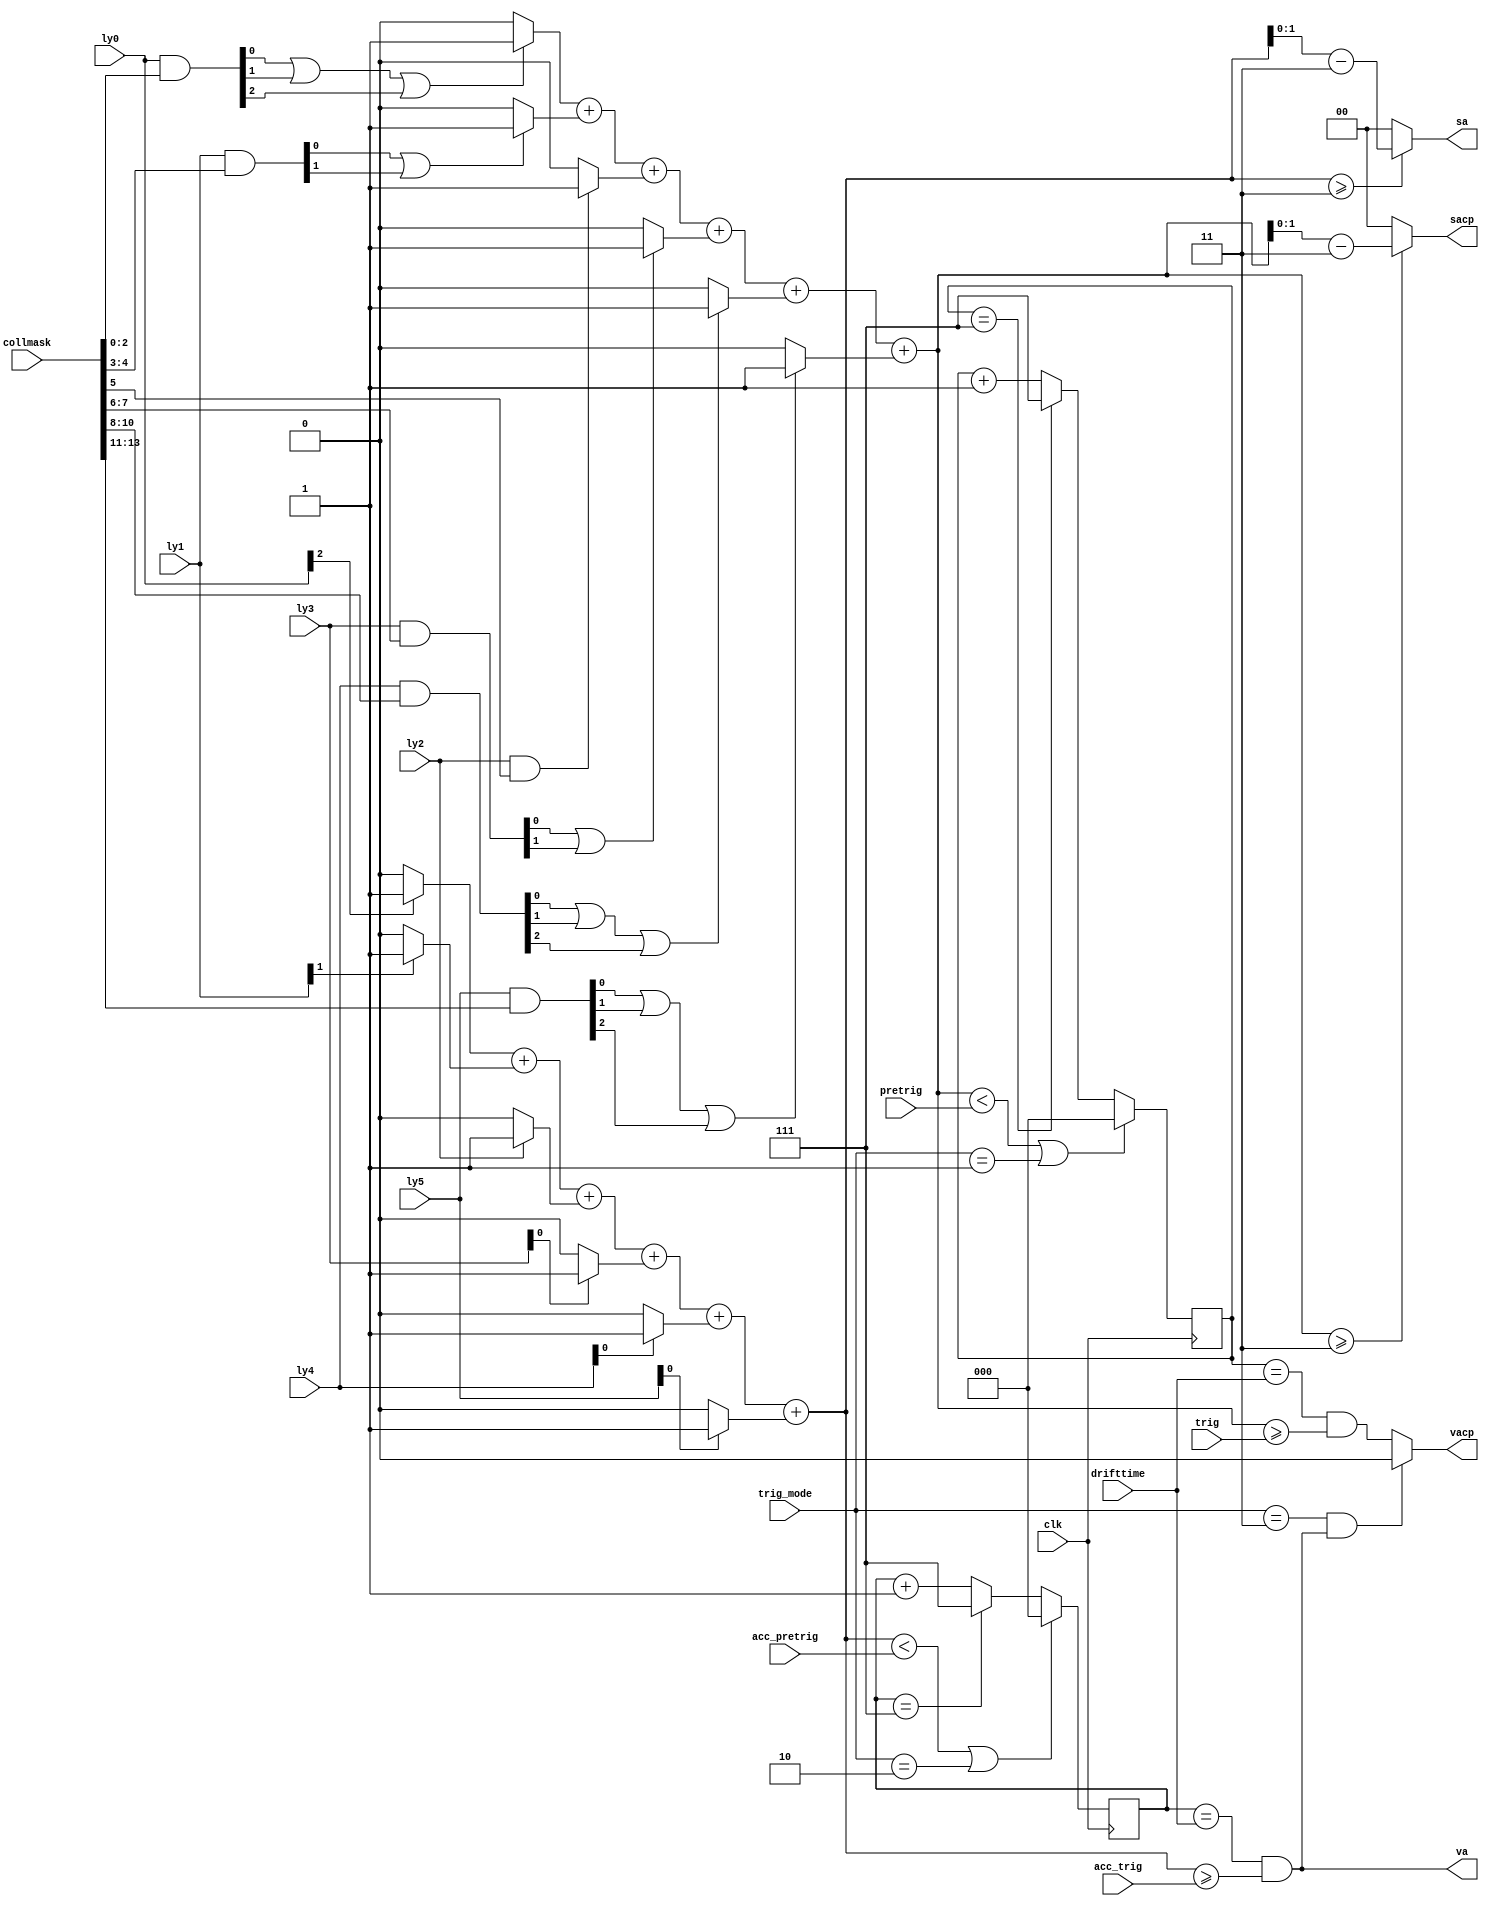
// This  Verilog HDL  source  file was  automatically generated
// by C++ model based on VPP library. Modification of this file
// is possible, but if you want to keep it in sync with the C++
// model,  please  modify  the model and re-generate this file.
// VPP library web-page: http://www.phys.ufl.edu/~madorsky/vpp/

// Timestamp : Thu Jun 13 12:53:25 2013

module Patterner_rl
(
    ly0,
    ly1,
    ly2,
    ly3,
    ly4,
    ly5,
    collmask,
    sacp,
    vacp,
    sa,
    va,
    drifttime,
    pretrig,
    trig,
    acc_pretrig,
    acc_trig,
    trig_mode,
    clk
);

    input [2:0] ly0;
    input [1:0] ly1;
    input ly2;
    input [1:0] ly3;
    input [2:0] ly4;
    input [2:0] ly5;
    input [27:0] collmask;
    output [1:0] sacp;
    reg    [1:0] sacp;
    output vacp;
    reg    vacp;
    output [1:0] sa;
    reg    [1:0] sa;
    output va;
    reg    va;
    input [2:0] drifttime;
    input [2:0] pretrig;
    input [2:0] trig;
    input [2:0] acc_pretrig;
    input [2:0] acc_trig;
    input [1:0] trig_mode;
    input clk;

    reg [2:0] lya0cm;
    reg [1:0] lya1cm;
    reg lya2cm;
    reg [1:0] lya3cm;
    reg [2:0] lya4cm;
    reg [2:0] lya5cm;
    reg [2:0] lyb0cm;
    reg [1:0] lyb1cm;
    reg lyb2cm;
    reg [1:0] lyb3cm;
    reg [2:0] lyb4cm;
    reg [2:0] lyb5cm;
    reg ly0am;
    reg ly4am;
    reg ly5am;
    reg ly1am;
    reg ly3am;
    reg ly2am;
    reg [2:0] sumac;
    reg [2:0] suma;
    reg [2:0] bxac;
    reg [2:0] bxa;
    always @(ly0 or ly1 or ly2 or ly3 or ly4 or ly5 or collmask or drifttime or pretrig or trig or trig_mode or bxac or bxa or acc_pretrig or acc_trig) 
    begin
        ly0am = ly0[2];
        ly1am = ly1[1];
        ly2am = ly2;
        ly3am = ly3[0];
        ly4am = ly4[0];
        ly5am = ly5[0];
         //count the bits in the accelerator muon pattern
        suma = ((((((ly0am) ? 3'b1 : 3'b0) + ((ly1am) ? 3'b1 : 3'b0)) + ((ly2am) ? 3'b1 : 3'b0)) + ((ly3am) ? 3'b1 : 3'b0)) + ((ly4am) ? 3'b1 : 3'b0)) + ((ly5am) ? 3'b1 : 3'b0);
        sa = (suma >= 3) ? suma - 3 : 0;
        va = (bxa == drifttime) && (suma >= acc_trig);
         //mask out all bits which are not used in the collision pattern a
        lya0cm = ly0 & collmask[2:0];
        lya1cm = ly1 & collmask[4:3];
        lya2cm = ly2 & collmask[5];
        lya3cm = ly3 & collmask[7:6];
        lya4cm = ly4 & collmask[10:8];
        lya5cm = ly5 & collmask[13:11];
         //count the bits in the collision pattern a
        sumac = (((((((lya0cm[0] | lya0cm[1]) | lya0cm[2]) ? 3'b1 : 3'b0) + ((lya1cm[0] | lya1cm[1]) ? 3'b1 : 3'b0)) + ((lya2cm) ? 3'b1 : 3'b0)) + ((lya3cm[0] | lya3cm[1]) ? 3'b1 : 3'b0)) + (((lya4cm[0] | lya4cm[1]) | lya4cm[2]) ? 3'b1 : 3'b0)) + (((lya5cm[0] | lya5cm[1]) | lya5cm[2]) ? 3'b1 : 3'b0);
        sacp = (sumac >= 3) ? sumac - 3 : 0;
        vacp = (bxac == drifttime) && (sumac >= trig);
         //trig_mode == 3 kills coll muon if there is acc muon
        if ((trig_mode == 3) && va) 
        begin
            vacp = 0;
        end
    end
    always @(posedge clk) 
    begin
         //BX counters are reset by the number of hits < 2, they stop counting at maximum count.
        bxac = ((sumac < pretrig) || (trig_mode == 1)) ? 0 : (bxac == 7) ? 7 : bxac + 1;
         //trig_mode == 1 kills coll muon
        bxa = ((suma < acc_pretrig) || (trig_mode == 2)) ? 0 : (bxa == 7) ? 7 : bxa + 1;
         //trig_mode == 2 kills acc  muon
    end
endmodule